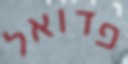
פדואל